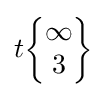
t{\begin{Bmatrix}\infty \\3\end{Bmatrix}}